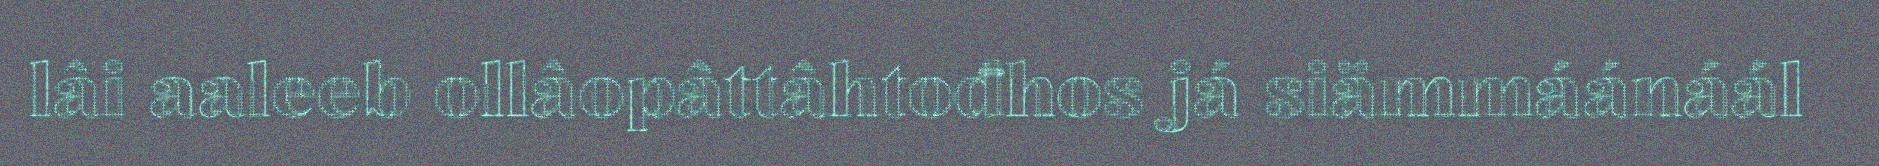
lâi aaleeb ollâopâttâhtođhos já siämmáánáál